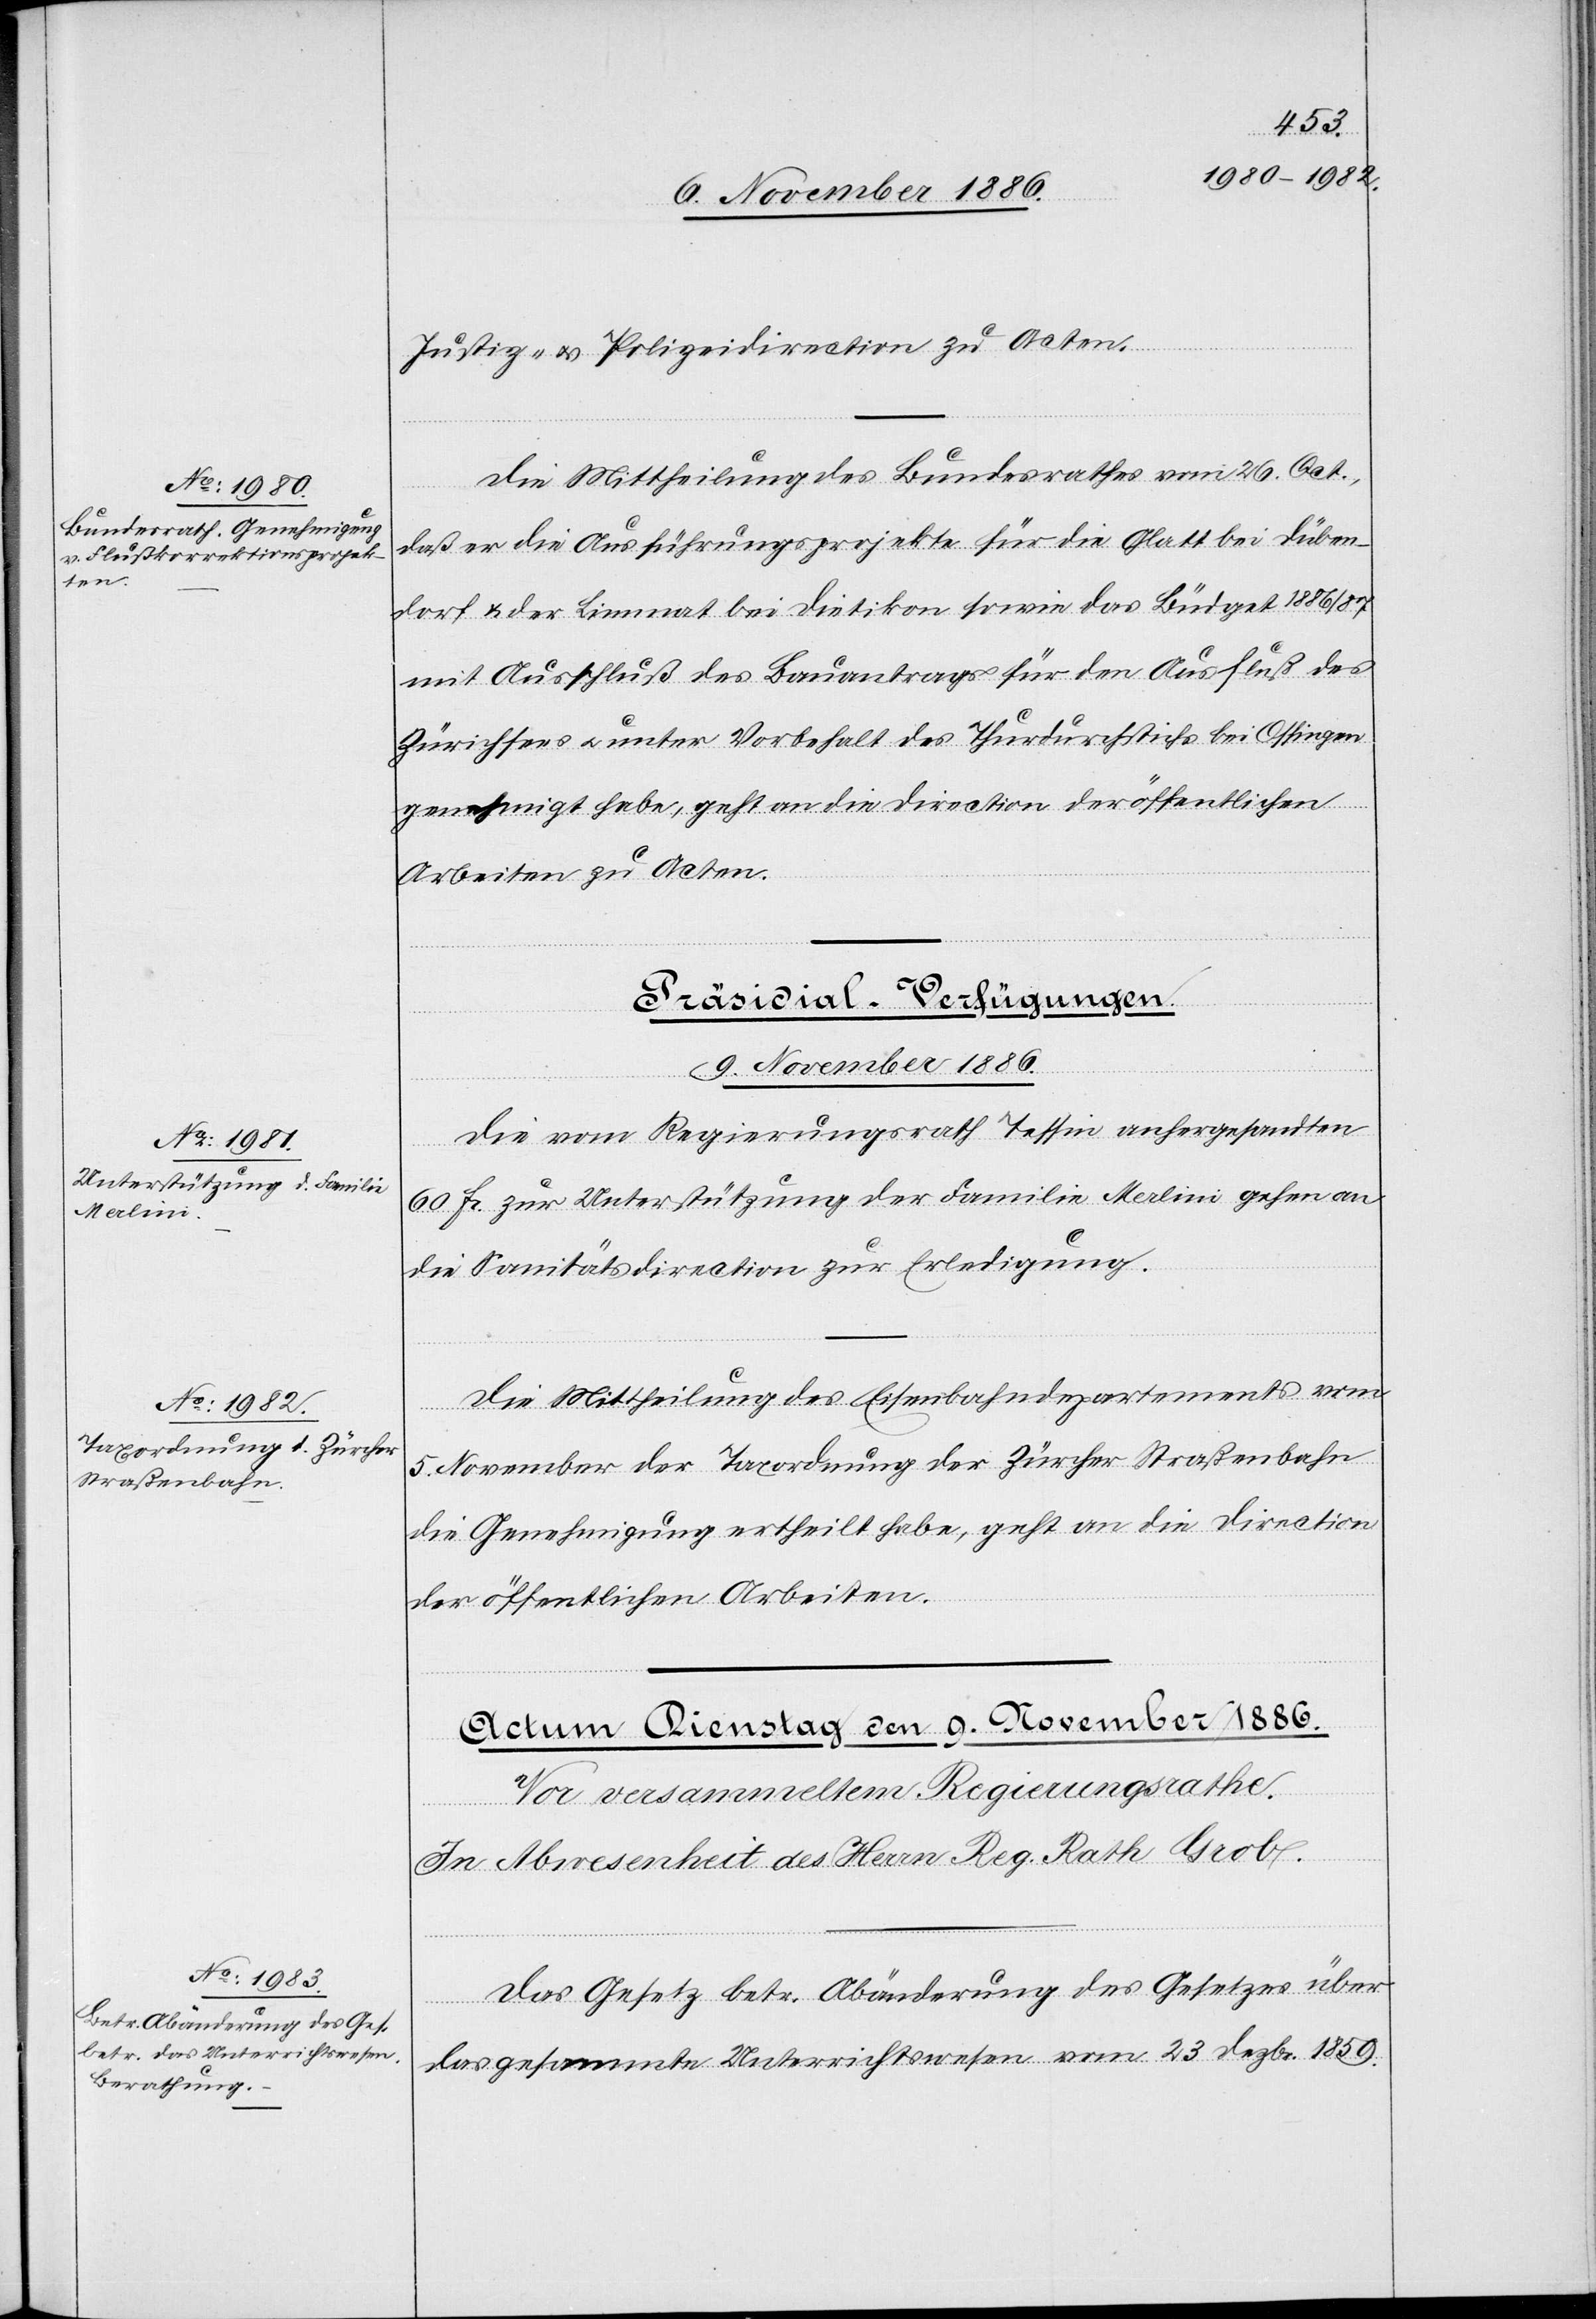
Taxordnung der Zürcher
Straßenbahn

der
Justiz- & Polizeidirection zu Acten.
Die Mittheilung des Bundesrathes vom 26. Oct.,
daß er die Ausführungsprojekte für die Glatt bei Düben¬
dorf & der Limmat bei Dietikon sowie das Büdget 1886/87
mit Ausschluß des Bauantrags für den Ausfluß des
Zürichsees & unter Vorbehalt des Thurdurchstichs bei Ossingen
genehmigt habe, geht an die Direction der öffentlichen
Arbeiten zu Acten.
[Präsidial-Verfügungen.
9. November 1886.]
Die vom Regierungsrath Tessin anhergesandten
60 Fr. zur Unterstützung der Familie Merlini gehen an
die Sanitätsdirection zur Erledigung.
Die Mittheilung des Eisenbahndepartements vom
die Genehmigung ertheilt habe, geht an die Direction
der öffentlichen Arbeiten.
Das Gesetz betr. Abänderung des Gesetzes über
das gesammte Unterrichtswesen vom 23. Dezbr. 1859